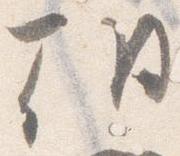
朝